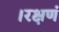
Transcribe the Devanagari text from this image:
।रक्षणं